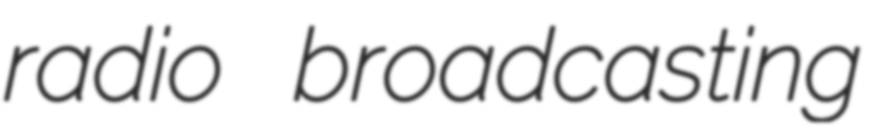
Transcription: radio broadcasting